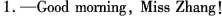
1.-Cood morning, Miss Zhang!